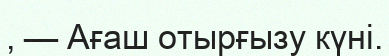
, — Ағаш отырғызу күні.